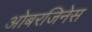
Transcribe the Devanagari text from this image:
ओबरजिनेस